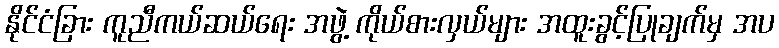
နိုင်ငံခြား ကူညီကယ်ဆယ်ရေး အဖွဲ့ ကိုယ်စားလှယ်များ အထူးခွင့်ပြုချက်မှ အပ